Burma Government Medical School reports 1923-41
Year: 1923
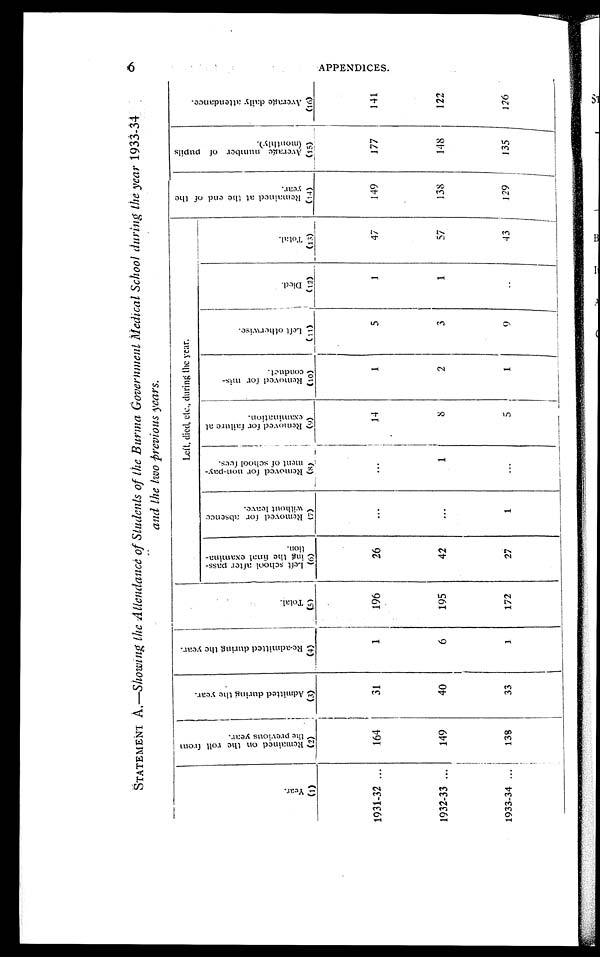
STATEMENT A.—Showing the Attendance of Students of the Burma Government Medical School during the year 1933-34
and the two previous years.
Y e a r .
(1)
R e m a i n e d o n t h e r o l l f r o m t h e p r e v i o u s y e a r .
(2)
A d m i t t e d d u r i n g t h e y e a r .
(3)
R e - a d m i t t e d d u r i n g t h e y e a r .
(4)
T o t a l .
(5)
Left, died, etc., during the year.
R e m a i n d e d a t t h e e n d o f t h e y e a r .
(14)
A v e r a g e n u m b e r o f p u p i l s ( m o n t h l y ) .
(15)
A v e r a g e d a i l y a t t e n d a n c e .
( 1 6 )
L e f t s c h o o l a f t e r p a s s i n g t h e f i n a l e x a m i n a t i o n .
(6)
R e m o v e d f o r a b s e n c e w i t h o u t l e a v e .
(7)
R e m o v e d f o r n o n - p a y m e n t o f s c h o o l f e e s .
(8)
R e m o v e d f o r f a i l u r e a t e x a m i n a t i o n .
(9)
R e m o v e d f o r m i s c o n d u c t . ( 1 0 )
L e f t o t h e r w i s e .
(11)
D i e d . ( 1 2 )
T o t a l . ( 1 3 )
1931-32 ...
164
31
1
196
26
...
...
14
1
5
1
47
149
177
141
1932-33 ...
149
40
6
195
42
...
1
8
2
3
1
57
138
1 4 8
122
1933-34 ...
138
33
1
172
27
1
...
5
1
9
. . .
43
129
135
126
AP P ENDI CES .